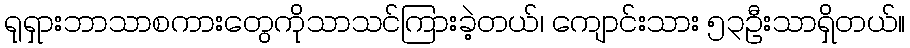
ရုရှားဘာသာစကားတွေကိုသာသင်ကြားခဲ့တယ်၊ ကျောင်းသား ၅၃ဦးသာရှိတယ်။